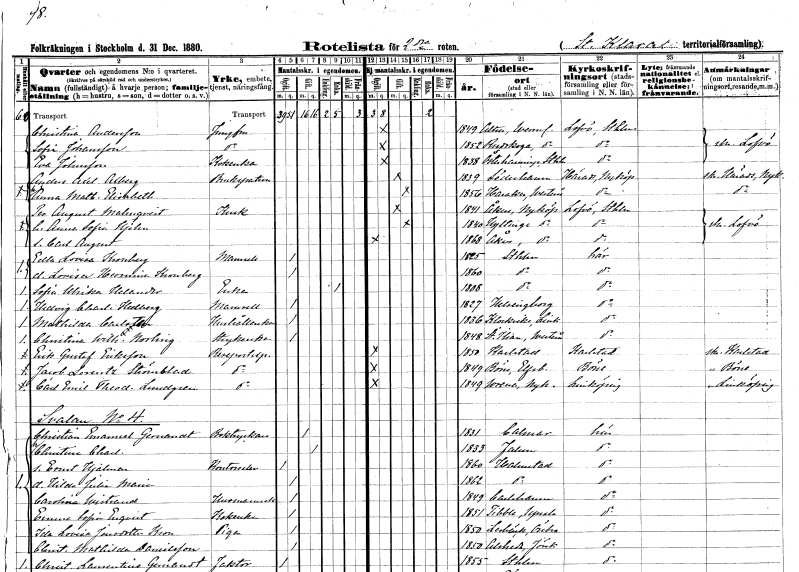
gt_parse: households: individuals: FN: Christina
EN: Andersson
YRKE: Jungfru
KON: K
CIV: O
FODAR: 1849
FODFORS: Alster Värmlands län
FN: Sofia
EN: Johansson
YRKE: Jungfru
KON: K
CIV: O
FODAR: 1852
FODFORS: Rudskoga Värmlands län
FN: Eva
EN: Johnsson
YRKE: Kokerska
KON: K
CIV: O
FODAR: 1838
FODFORS: Österhaninge Stockholms län
FN: Anders Axel
EN: Altberg
YRKE: Brukspatron
KON: M
CIV: G
FODAR: 1839
FODFORS: Söderhamn Gävleborgs län
FN: Anna Mathilda Elisabeth
KON: K
CIV: G
FODAR: 1856
FODFORS: Haraker Västmanlands län
FN: Per August
EN: Malmqvist
YRKE: Kusk
KON: M
CIV: G
FODAR: 1841
FODFORS: Åker Södermanlands län
FN: Anna Sofia
EN: Hjelm
KON: K
CIV: G
FODAR: 1840
FODFORS: Hyltinge Södermanlands län
FN: Carl August
KON: M
CIV: O
FODAR: 1868
FODFORS: Åker Södermanlands län
FN: Edla Lovisa
EN: Kronberg
KON: K
CIV: O
FODAR: 1825
FODFORS: Stockholm
FN: Lovisa Hermina
EN: Kronberg
KON: K
CIV: O
FODAR: 1860
FODFORS: Stockholm
FN: Sofia Ulrika
EN: Helander
YRKE: Änka
KON: K
CIV: E
FODAR: 1808
FODFORS: Stockholm
FN: Hedvig Charlotta
EN: Hedberg
KON: K
CIV: O
FODAR: 1827
FODFORS: Helsingborg Malmöhus län
FN: Mathilda
EN: Carlsten
YRKE: Hushållerska
KON: K
CIV: O
FODAR: 1836
FODFORS: Klockrike Östergötlands län
FN: Christina Wilhelmina
EN: Norling
YRKE: Strykerska
KON: K
CIV: O
FODAR: 1848
FODFORS: Sankt Ilian Västmanlands län
FN: Erik Gustaf
EN: Eriksson
YRKE: Resepostexpeditör
KON: M
CIV: O
FODAR: 1850
FODFORS: Karlstad Värmlands län
FN: Jacob Lorentz
EN: Strömblad
YRKE: Resepostexpeditör
KON: M
CIV: O
FODAR: 1849
FODFORS: Böne Älvsborgs län
FN: Carl Emil Theodor
EN: Lundgren
YRKE: Resepostexpeditör
KON: M
CIV: O
FODAR: 1849
FODFORS: Vrena Södermanlands län
FN: Christian Emanuel
EN: Gernandt
YRKE: Boktryckare
KON: M
CIV: G
FODAR: 1831
FODFORS: Kalmar Kalmar län
FN: Christina Charlotta
KON: K
CIV: G
FODAR: 1833
FODFORS: Falun Kopparbergs län
FN: Ernst Hjalmar
YRKE: Kontorselev
KON: M
CIV: O
FODAR: 1860
FODFORS: Halmstad Hallands län
FN: Hilda Julia Maria
KON: K
CIV: O
FODAR: 1862
FODFORS: Halmstad Hallands län
FN: Carolina
EN: Wistrand
YRKE: Husmamsell
KON: K
CIV: O
FODAR: 1849
FODFORS: Karlshamn Blekinge län
FN: Emma Sofia
EN: Enqvist
YRKE: Kokerska
KON: K
CIV: O
FODAR: 1851
FODFORS: Tibble Uppsala län
FN: Ida Lovisa
EN: Jonsdotter Kron
YRKE: Piga
KON: K
CIV: O
FODAR: 1850
FODFORS: Lerbäck Örebro län
FN: Christina Mathilda
EN: Danielsson
KON: K
CIV: O
FODAR: 1850
FODFORS: Alseda Jönköpings län